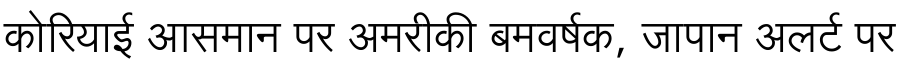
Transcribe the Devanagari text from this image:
कोरियाई आसमान पर अमरीकी बमवर्षक, जापान अलर्ट पर